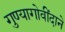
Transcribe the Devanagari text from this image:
गुण्यागोवींदाने